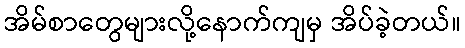
အိမ်စာတွေများလို့နောက်ကျမှ အိပ်ခဲ့တယ်။